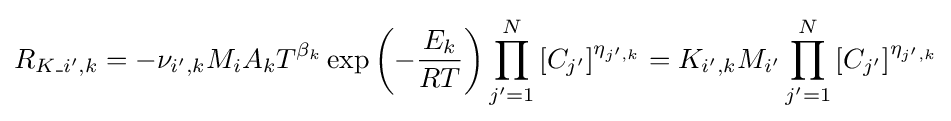
R_{K\_i',k}=-\nu _{i',k}M_{i}A_{k}T^{\beta _{k}}\exp {\left(-{\frac {E_{k}}{RT}}\right)}\prod _{j'=1}^{N}\left[C_{j'}\right]^{\eta _{j',k}}=K_{i',k}M_{i'}\prod _{j'=1}^{N}\left[C_{j'}\right]^{\eta _{j',k}}